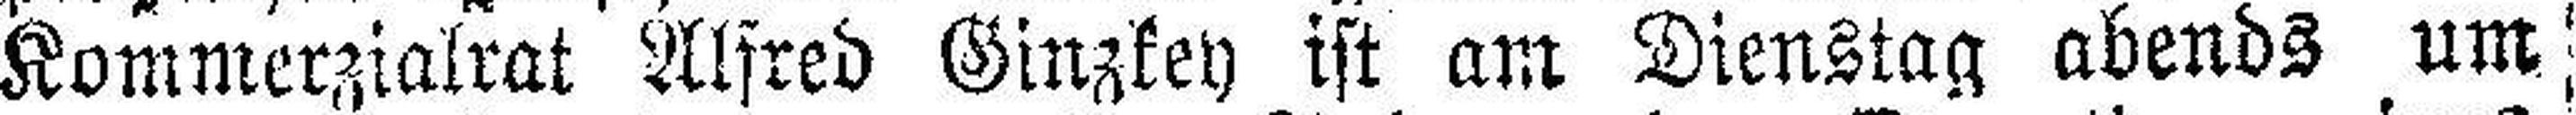
Kommerzialrat Alfred Ginzkey ist am Dienstag abends um